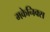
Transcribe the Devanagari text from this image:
मकेनिक्स